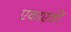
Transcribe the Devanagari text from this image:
एकाएकीं